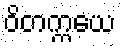
ဝိတက္ကယေ